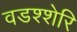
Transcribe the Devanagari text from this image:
वडश्शेरि